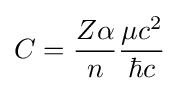
C={\frac {Z\alpha }{n}}{\frac {\mu c^{2}}{\hbar c}}